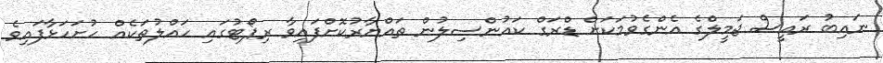
ނައިބު ރައީސް ޖަމީލްގެ އެންގެވުމަކަށް ޑްރަގް ކައުންސިލުން ތައްޔާރުކޮށްފައިވާ ރިޕޯޓުގައި ހައްލުތަކެއް ހުށަހަޅާފައިވެ